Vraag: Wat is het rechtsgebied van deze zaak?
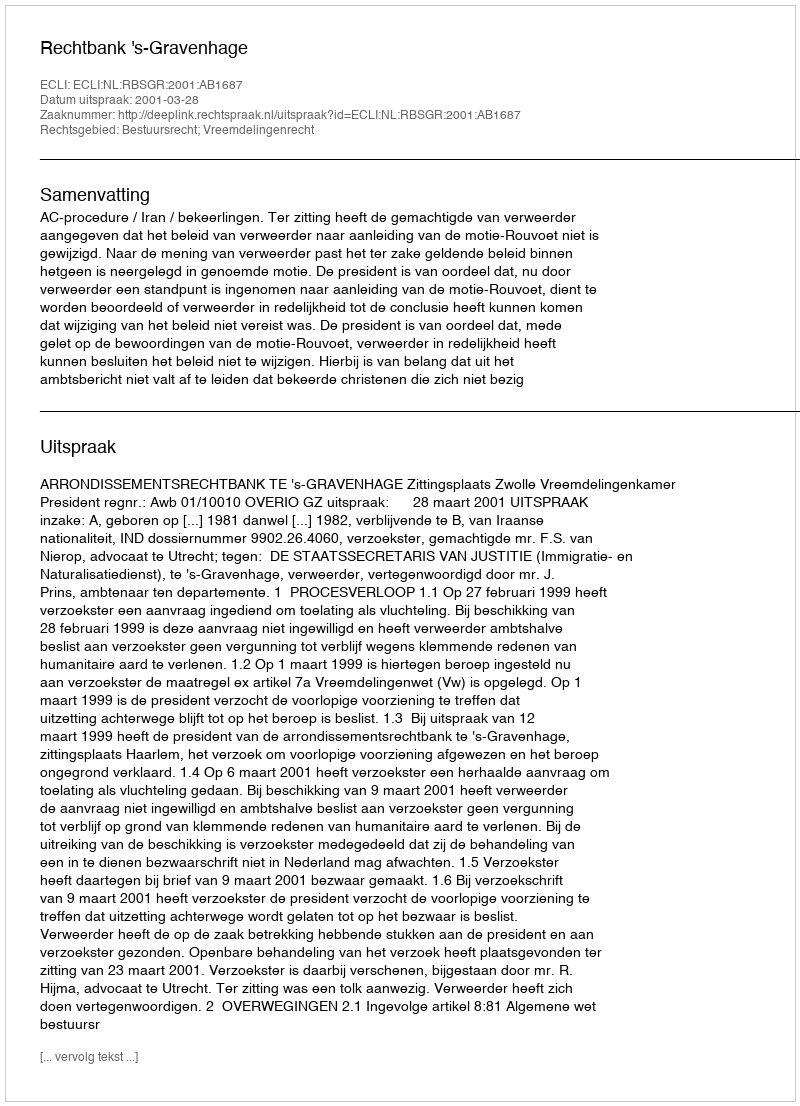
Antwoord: Bestuursrecht; Vreemdelingenrecht